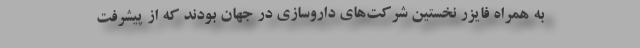
به همراه فایزر نخستین شرکت‌های داروسازی در جهان بودند که از پیشرفت‌